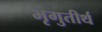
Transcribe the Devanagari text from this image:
भृगुतीर्थ